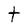
Character: t